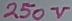
Text: 250V